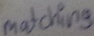
Text: matching